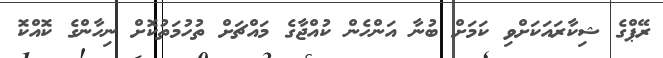
ރޭޕްގެ ޝިކާރައަކަށްވި ކަމަށް ބުނާ އަންހެން ކުއްޖާގެ މައްޗަށް ތުހުމަތުކޮށް ނިހާންގެ ކޮއްކޮ